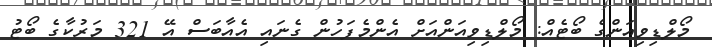
މޯލްޑިވިއަންގެ ބޯޓެއް: މޯލްޑިވިއަންއަށް އެންމެފަހުން ގެނައި އެއާބަސް އޭ 321 މަރުކާގެ ބޯޓު